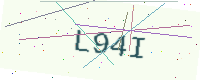
Text: L94I